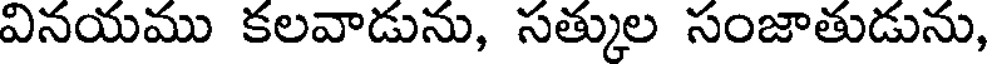
వినయము కలవాడును, సత్కుల సంజాతుడును,